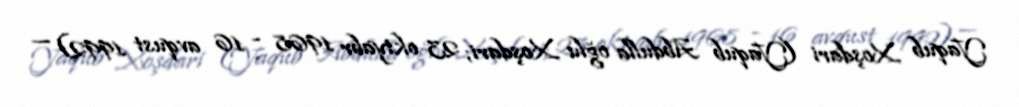
Yaqub Xoşdari (Yaqub Abdulla oğlu Xoşdari; 23 oktyabr 1968 - 16 avqust 1992) —